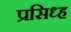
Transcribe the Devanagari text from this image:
प्रसिध्ह